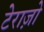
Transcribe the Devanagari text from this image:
टेराज़ो